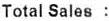
TOTAL SALES :